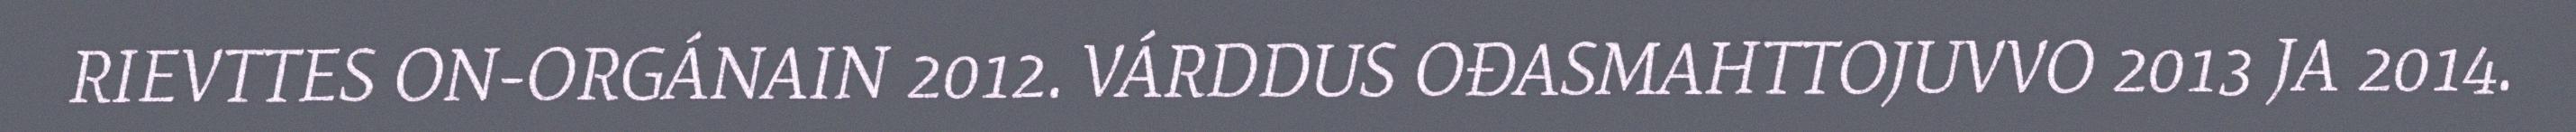
RIEVTTES ON-ORGÁNAIN 2012. VÁRDDUS OĐASMAHTTOJUVVO 2013 JA 2014.